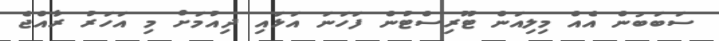
ސަބަބުން އެއް މިލިއަން ޓޫރިސްޓުން ފަހަނަ އަޅައި ދިއުމަށް މި އަހަރު ރާއްޖެ